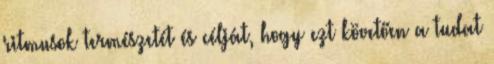
ritmusok természetét és célját, hogy ezt követően a tudat